Vaccination returns of the Province of Eastern Bengal and Assam - 1905-1912
Year: 1905
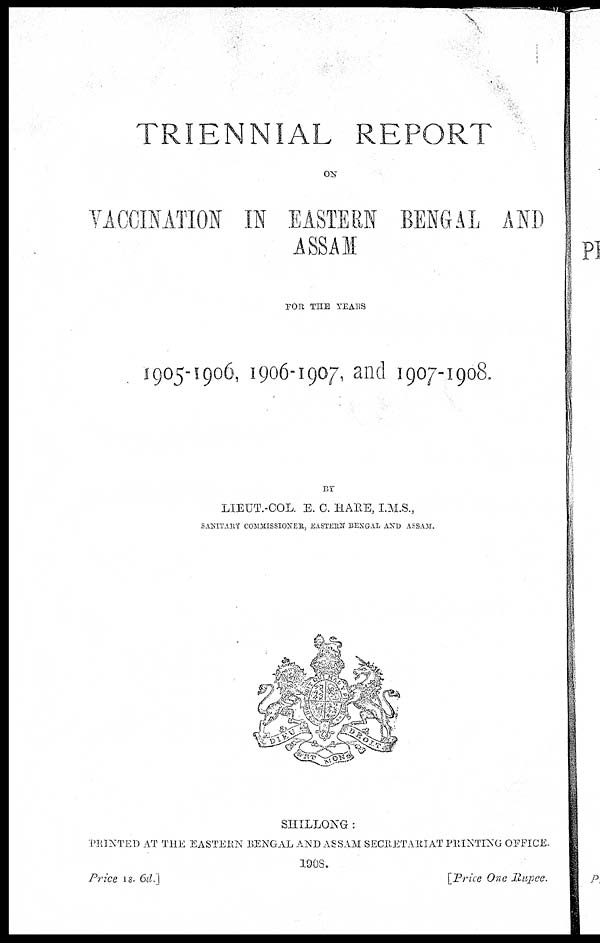
TRIENNIAL REPORT
ON
VACCINATION IN EASTERN BENGAL AND
ASSAM
FOR THE YEARS
1905-1906, 1906-1907, and 1907-1908.
BY
LIEUT.-COL. E. C. HARE, I.M.S.,
SANITARY COMMISSIONER, EASTERN BENGAL AND ASSAM.
SHILLONG:
PRINTED AT THE EASTERN BENGAL AND ASSAM SECRETARIAT PRINTING OFFICE.
1908.
Price is. 6d.]
[Price One Rupee.